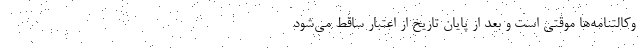
وکالتنامه‌ها موقتی است و بعد از پایان تاریخ از اعتبار ساقط می‌شود